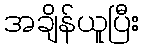
အချိန်ယူပြီး